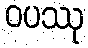
ဝပဿု